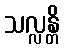
သလ္လန္တိ